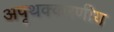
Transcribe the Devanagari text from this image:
अपृथक्करणीय